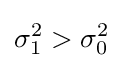
\sigma _{1}^{2}>\sigma _{0}^{2}